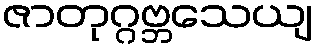
ဇာတုဂ္ဂဗ္ဘသေယျ